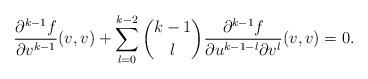
LaTeX: \begin{align*} \frac{\partial^{k-1}f}{\partial v^{k-1}}(v,v)+\sum_{l=0}^{k-2}\binom{k-1}{l}\frac{\partial^{k-1}f}{\partial u^{k-1-l}\partial v^l}(v,v)=0.\end{align*}